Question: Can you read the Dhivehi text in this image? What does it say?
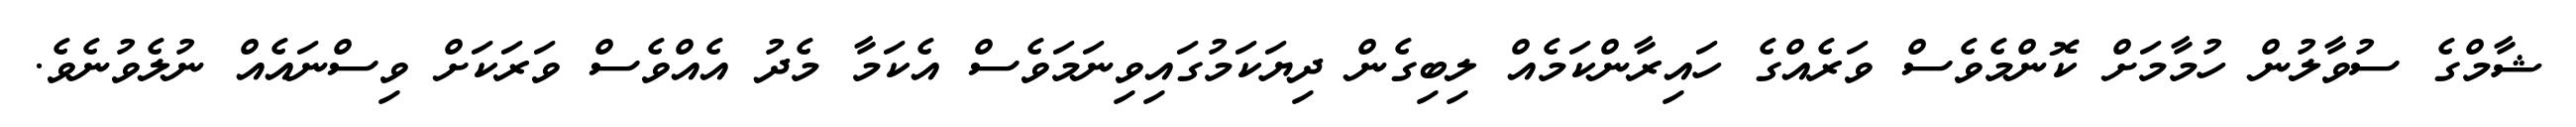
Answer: ޝާމްގެ ސުވާލުން ހުމާމަށް ކޮންމެވެސް ވަރެއްގެ ހައިރާންކަމެއް ލިބިގެން ދިޔަކަމުގައިވިނަމަވެސް އެކަމާ މެދު އެއްވެސް ވަރަކަށް ވިސްނައެއް ނުލެވުނެވެ.